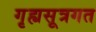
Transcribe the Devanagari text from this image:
गृह्यसूत्रगत